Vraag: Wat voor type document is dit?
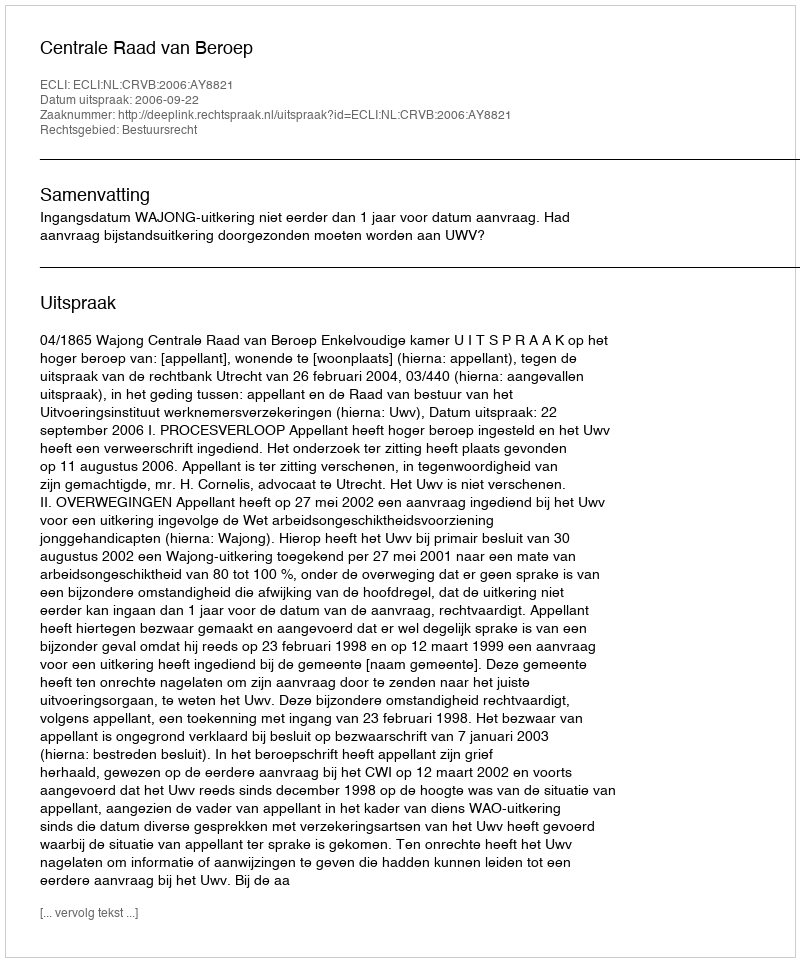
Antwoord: Uitspraak